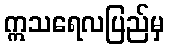
ဣသရေလပြည်မှ